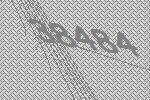
38484